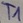
Text: T1